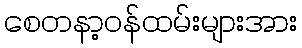
စေတနာ့ဝန်ထမ်းများအား